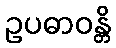
ဥပဓာဝန္တိ